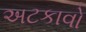
અટકાવો